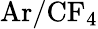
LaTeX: \mathrm{{Ar/CF_{4}}}